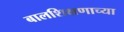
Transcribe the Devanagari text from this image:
बालशिक्षणाच्या